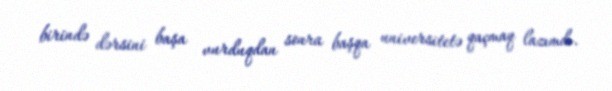
birində dərsini başa vurduqdan sonra başqa universitetə qaçmaq lazımdı.